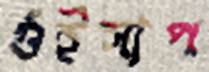
গুঁইসাপ